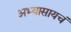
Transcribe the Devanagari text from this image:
अभ्यासायचं